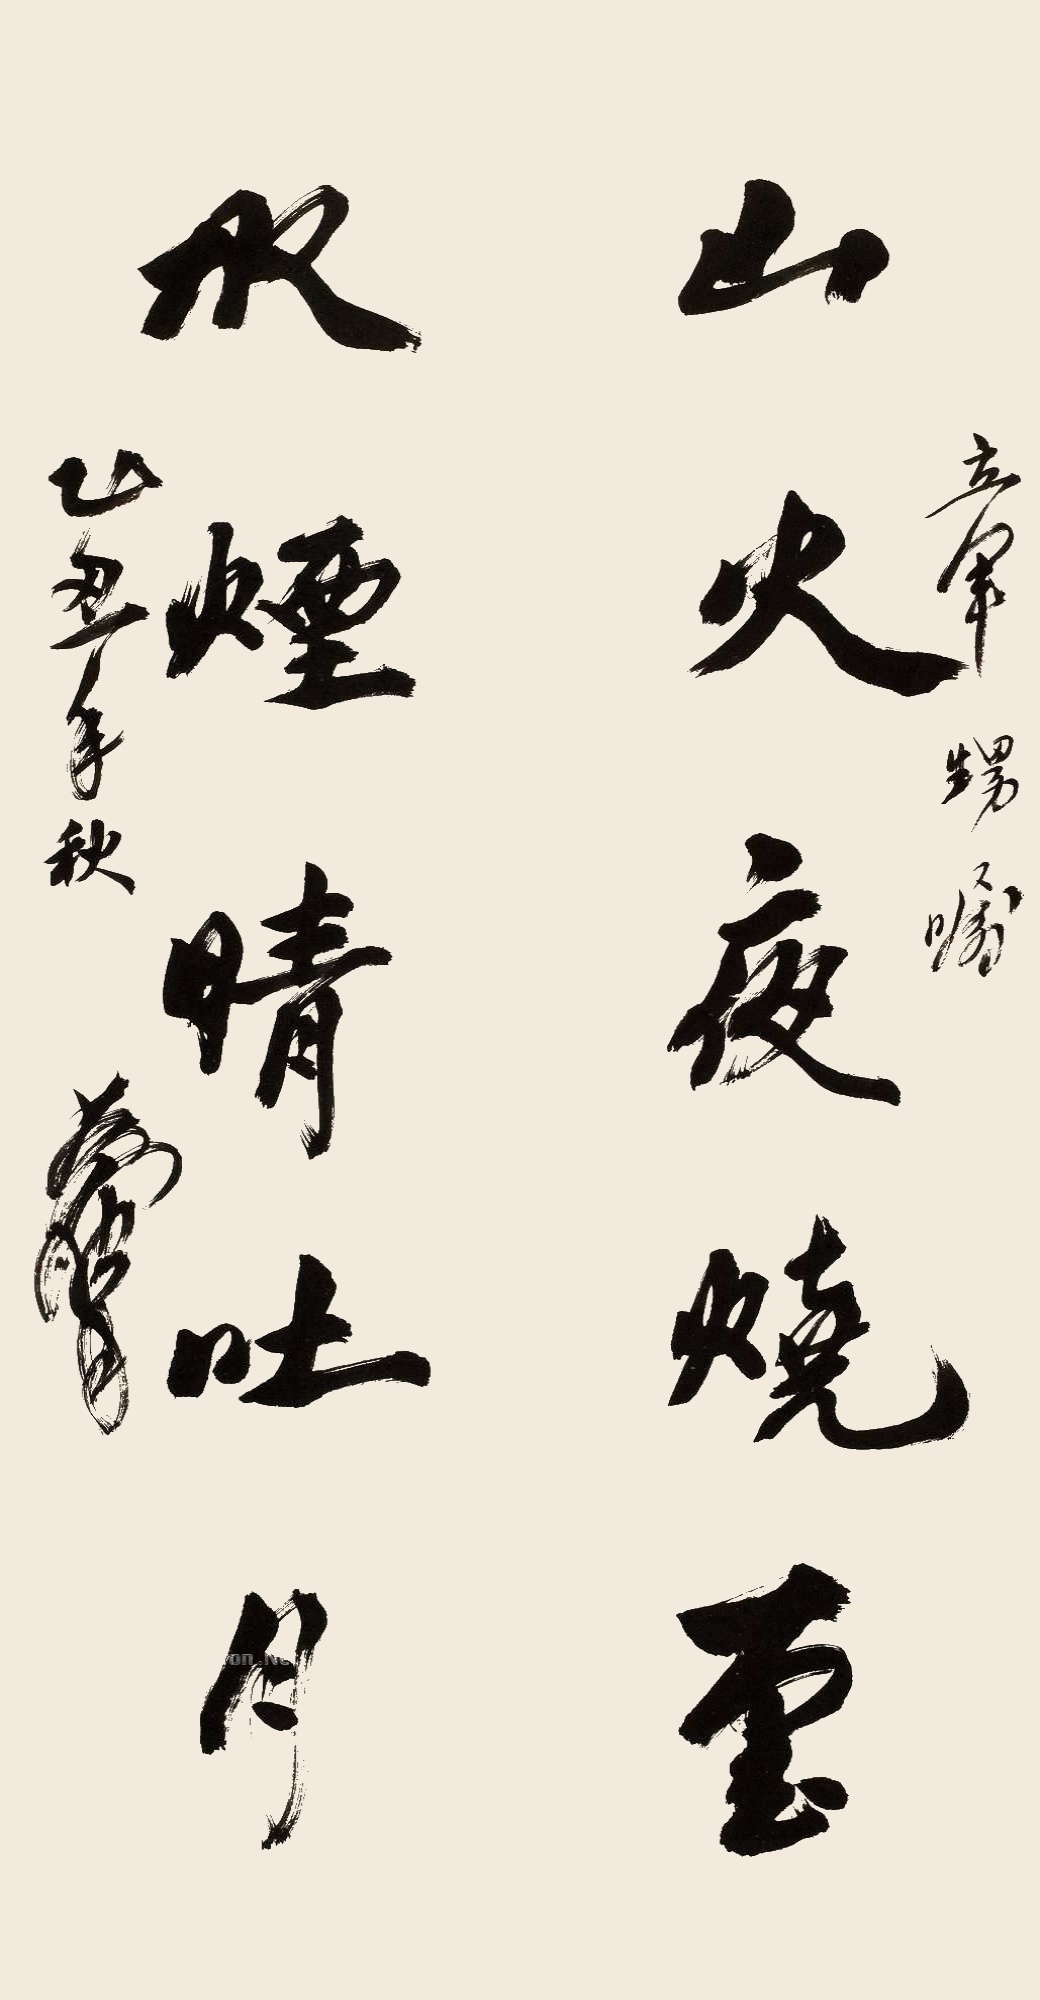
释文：山火夜烧云，水烟晴吐月。立军甥嘱，乙丑年秋黄胄。